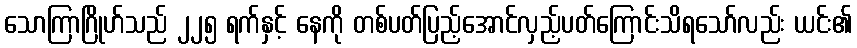
သောကြာဂြိုဟ်သည် ၂၂၅ ရက်နှင့် နေကို တစ်ပတ်ပြည့်အောင်လှည့်ပတ်ကြောင်းသိရသော်လည်း ယင်း၏